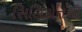
સિલિકોનની